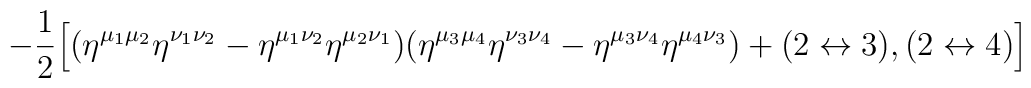
-{1\over 2}\Bigl[  (\eta^{\mu_1\mu_2} \eta^{\nu_1\nu_2} - \eta^{\mu_1\nu_2} \eta^{\mu_2\nu_1})  (\eta^{\mu_3\mu_4} \eta^{\nu_3\nu_4} - \eta^{\mu_3\nu_4} \eta^{\mu_4\nu_3})    + (2\leftrightarrow 3), (2\leftrightarrow 4) \Bigr] \nonumber